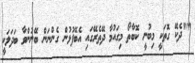
""ދެކޭ ގޮތަކީ މިބުނީ ކޮބާތޯ މިގައުމާ ދޭތެރޭގައި އެބޭފުޅުން ގެންނަން ބޭނުންވާ ބަދަލަކީ